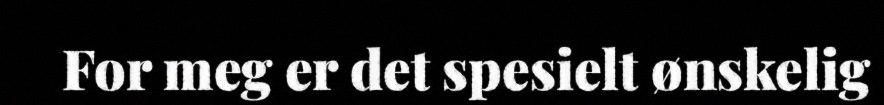
For meg er det spesielt ønskelig